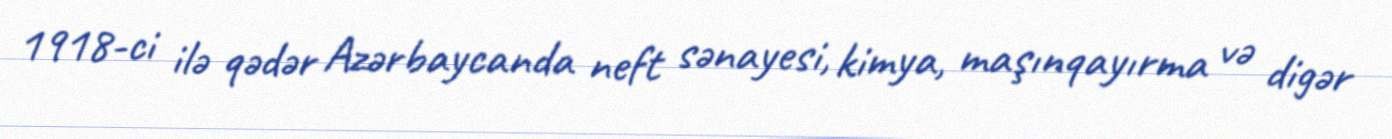
1918-ci ilə qədər Azərbaycanda neft sənayesi, kimya, maşınqayırma və digər